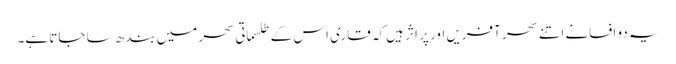
یہ دو افسانے اتنے سحر آفریں اور پر اثر ہیں کہ قاری اس کے طلسماتی سحر میں بندھ سا جاتا ہے۔